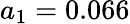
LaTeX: a_{1}=0.066